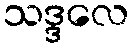
သဒ္ဒလေ